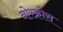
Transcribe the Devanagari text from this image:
नोरक्रोस